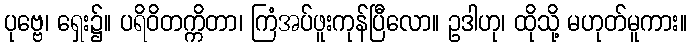
ပုဗ္ဗေ၊ ရှေး၌။ ပရိဝိတက္ကိတာ၊ ကြံအပ်ဖူးကုန်ပြီလော။ ဥဒါဟု၊ ထိုသို့ မဟုတ်မူကား။